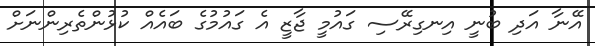
އޭނާ އަދި ބުނީ އިނގިރޭސި ގައުމީ ޖާޒީ އެ ގައުމުގެ ބައެއް ކުޅުންތެރިންނަށް